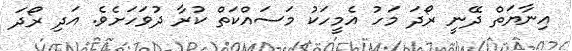
އިނާޔަތް ދޭނީ ރޯދަ މަހު އެމީހަކު މަސައްކަތް ކުރާ ދުވަހަށެވެ. އަދި ރޯދަ